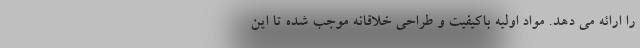
را ارائه می دهد. مواد اولیه باکیفیت و طراحی خلاقانه موجب شده تا این